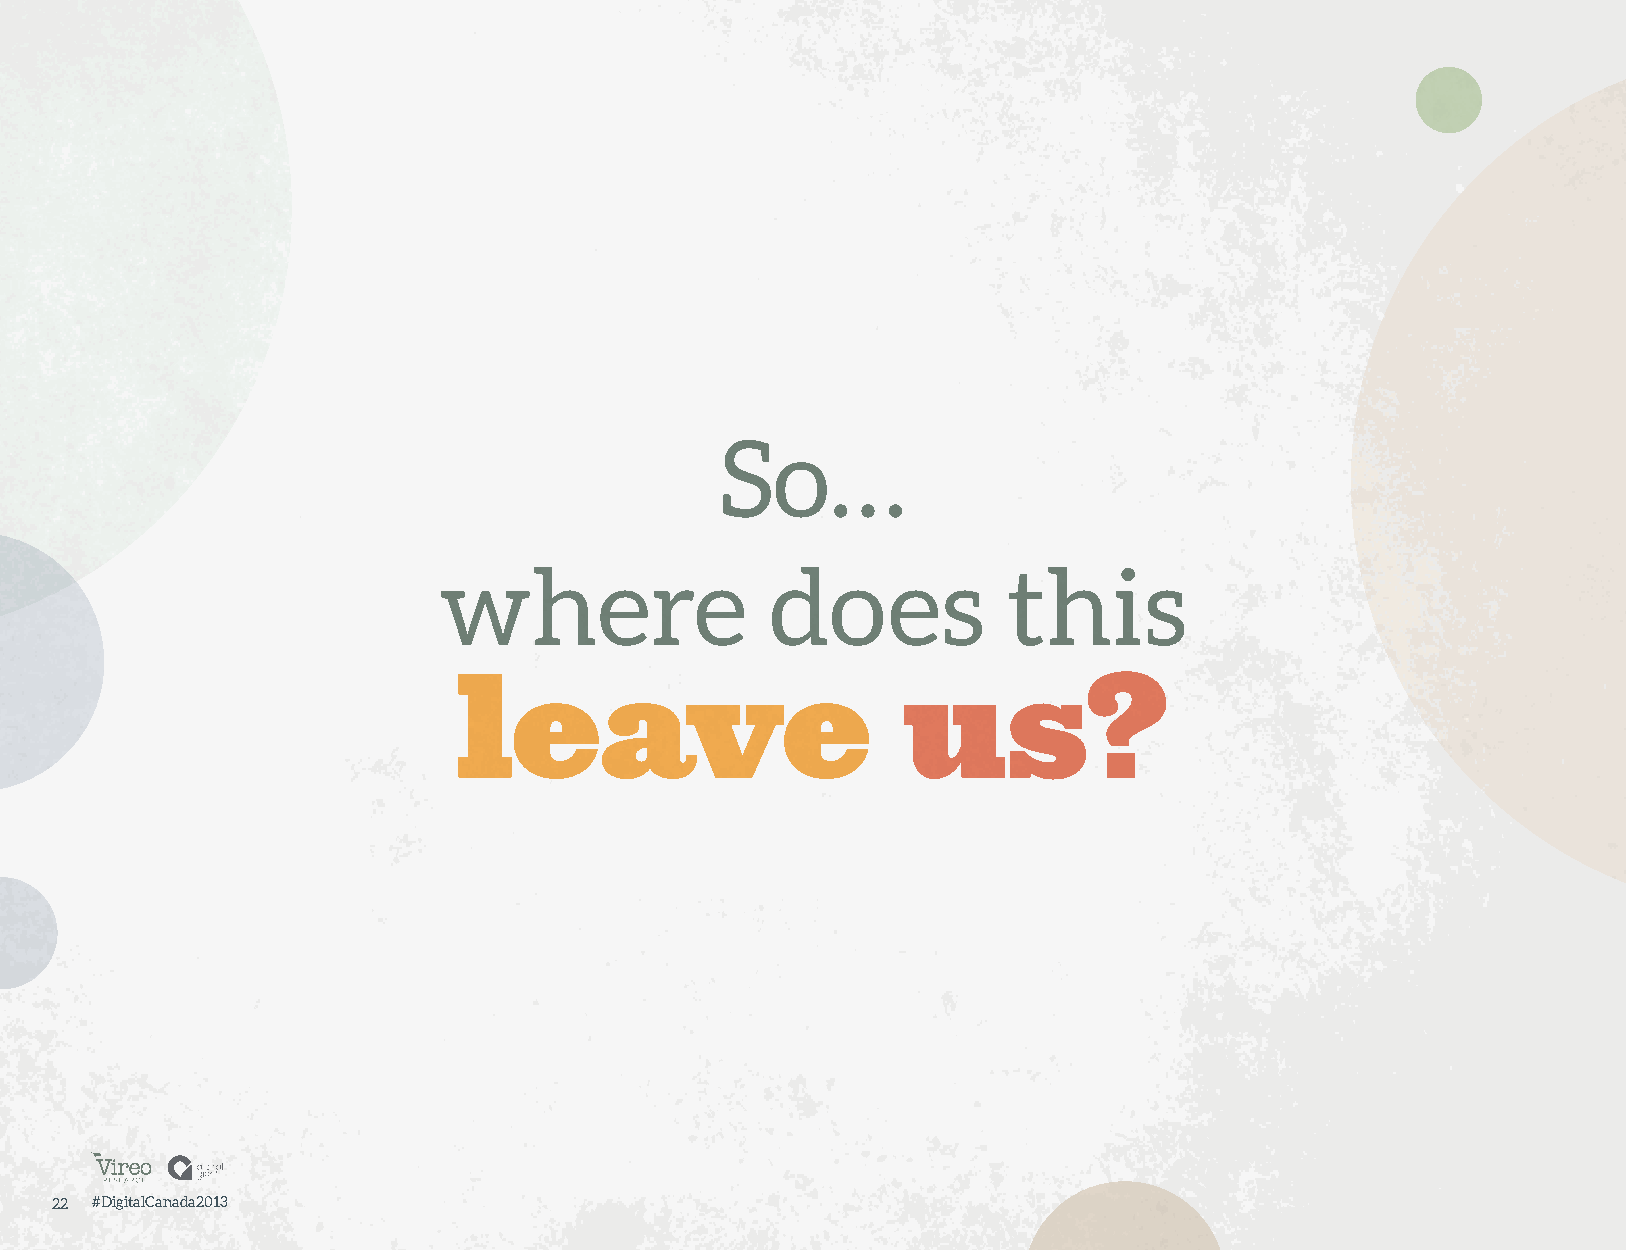
So…
 where                 does            this
 leave                         us?
 22 #DigitalCanada2013